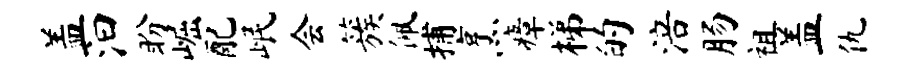
盖汩盼崛配岷会簇佩捕烹瘴梯的涪肠祖盖仇